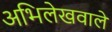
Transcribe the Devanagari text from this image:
अभिलेखवाले